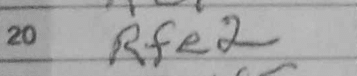
Transcription: Rfe2